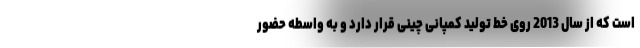
است که از سال 2013 روی خط تولید کمپانی چینی قرار دارد و به واسطه حضور